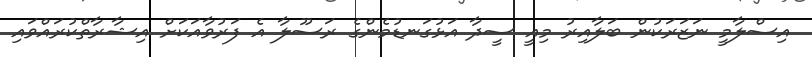
އިސްލާމީ ނަޒަރަކުން ބަލާއިރު މިއީ ސީދާ އަޅުގަނޑުމެންގެ ރަސޫލާ އެ ފަރުވާއަކަށް އިޝާރާތްކުރައްވައި